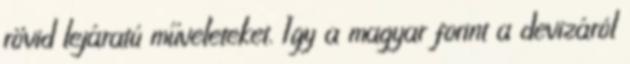
rövid lejáratú műveleteket. Így a magyar forint a devizáról